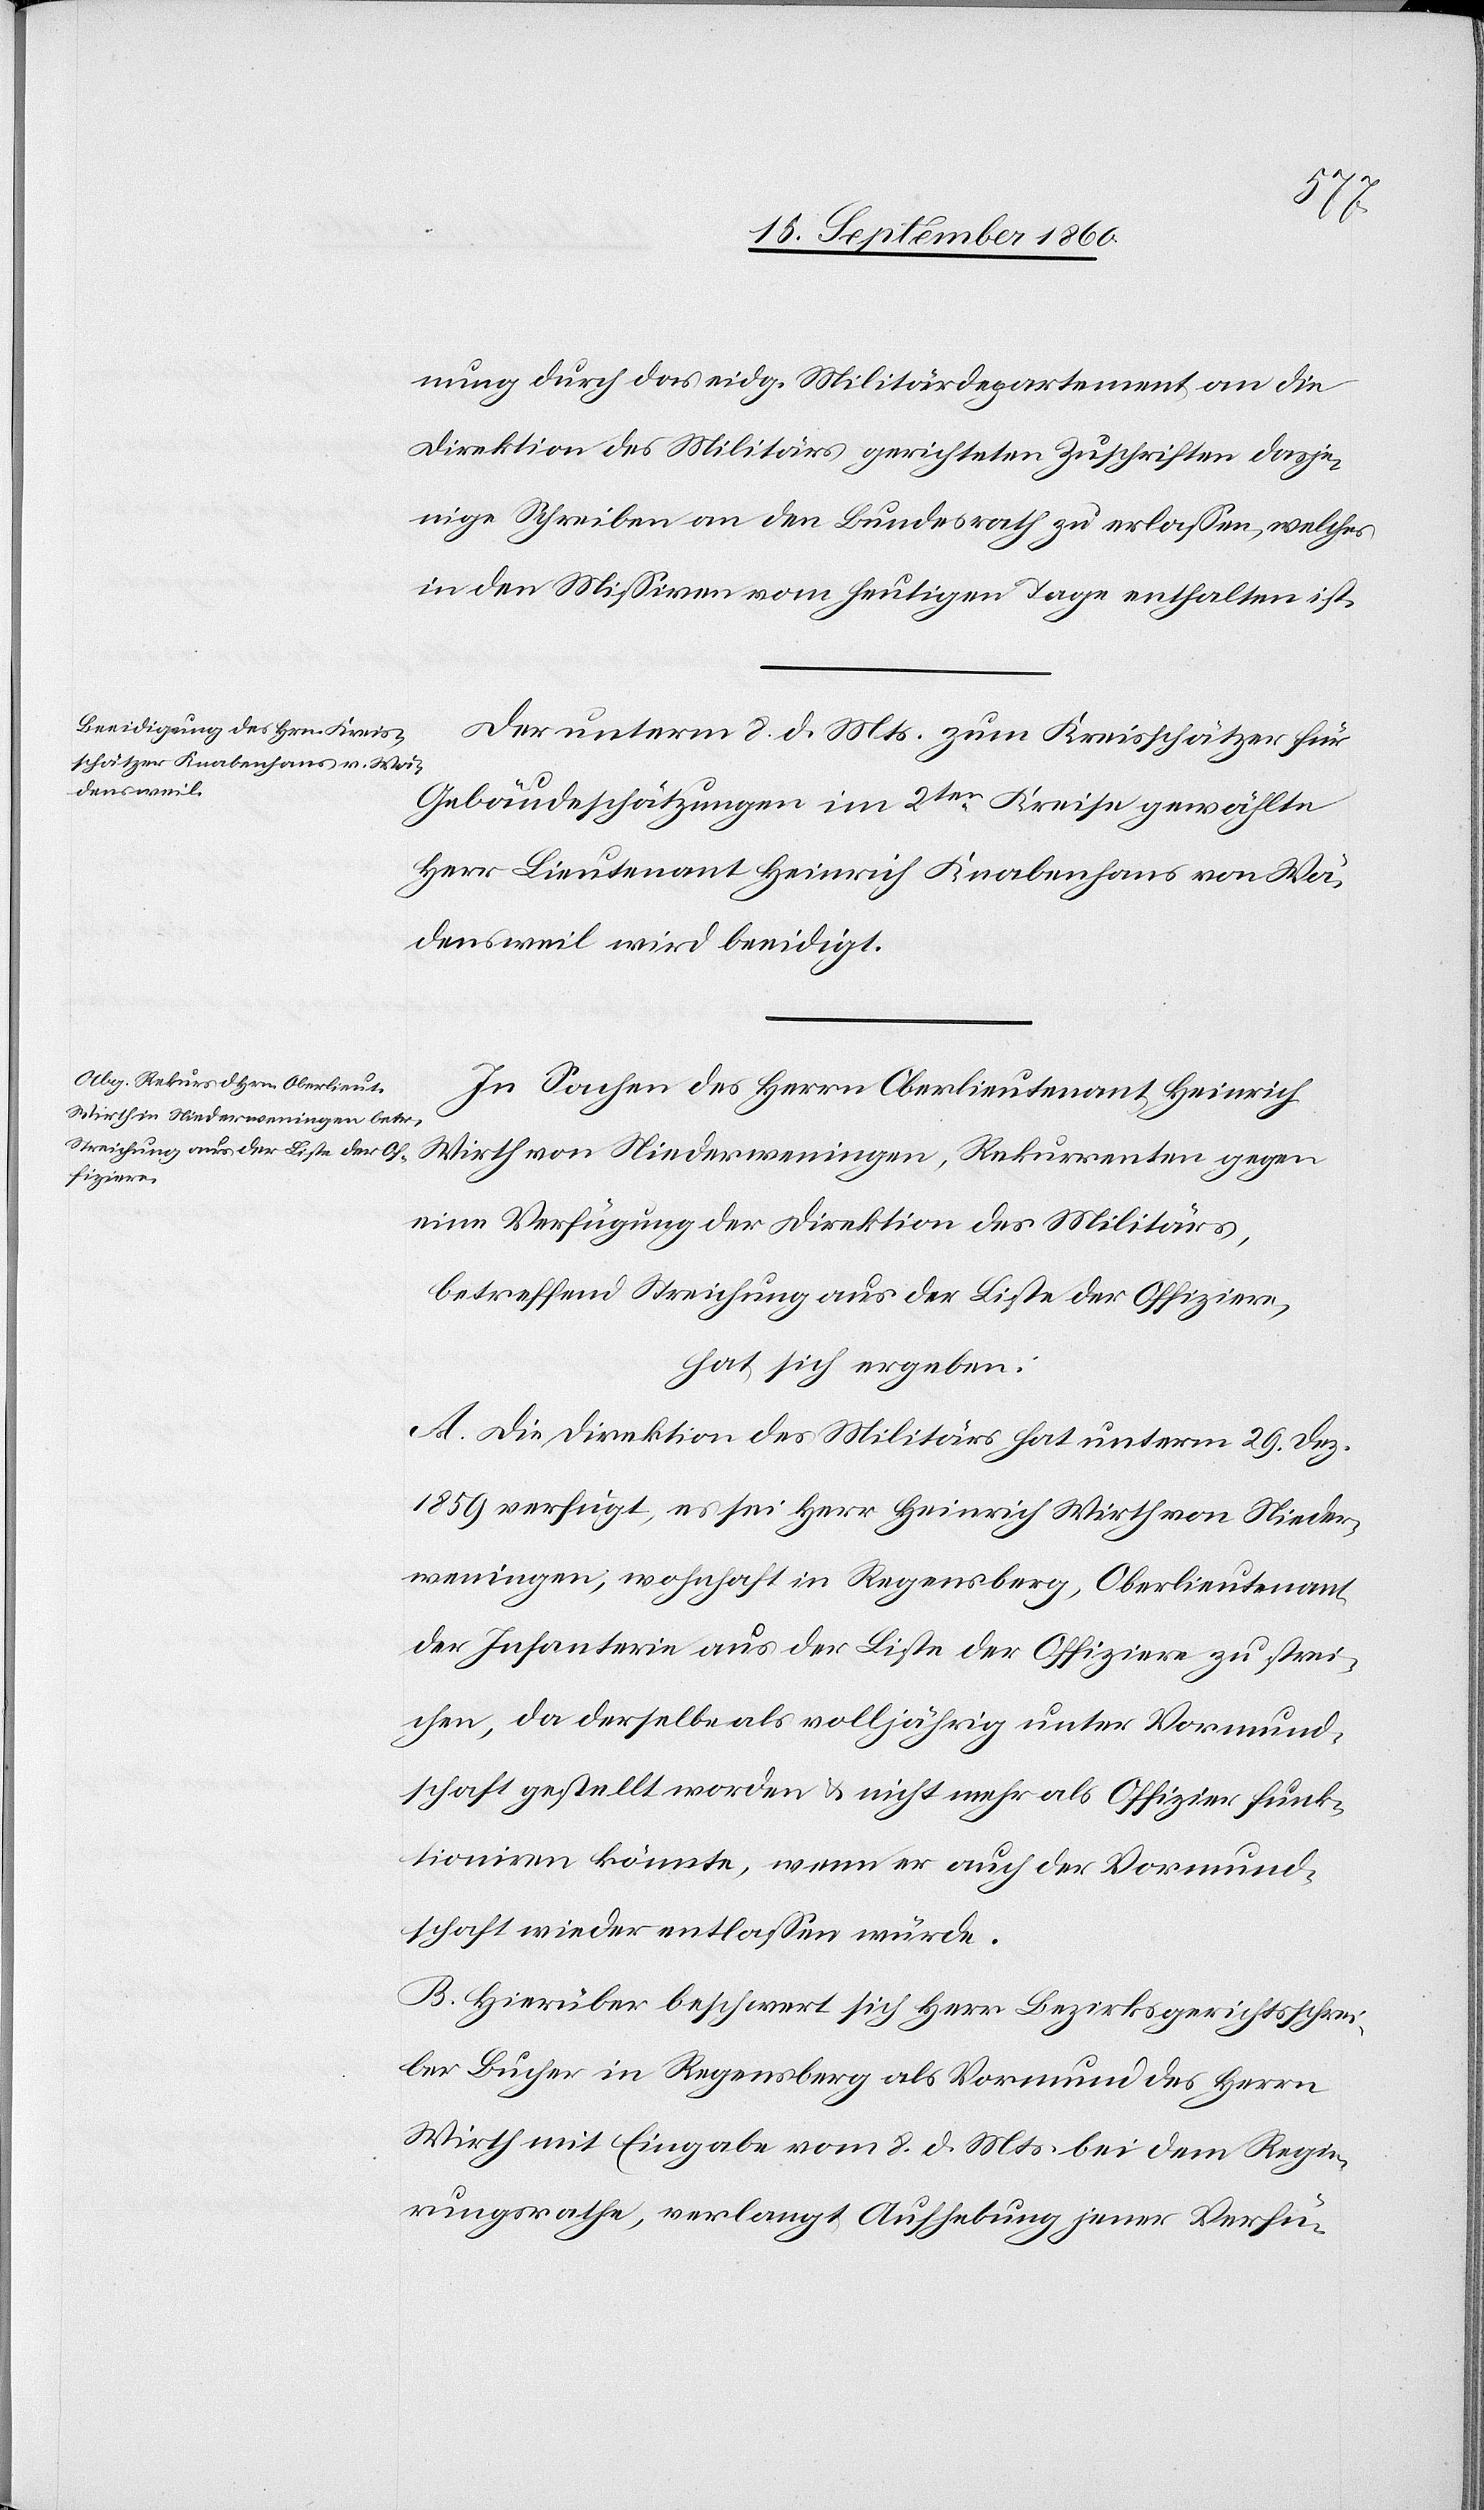
nung durch das eidg. Militärdepartement an die
Direktion des Militärs gerichteten Zuschriften dasje¬
nige Schreiben an den Bundesrath zu erlassen, welches
in den Missiven vom heutigen Tage enthalten ist.
Der unterm 8. d. Mts. zum Kreisschätzer für
Gebäudeschätzungen im 2ten Kreise gewählte
Herr Lieutenant Heinrich Knabenhans von Wä¬
densweil wird beeidigt.
In Sachen des Herrn Oberlieutenant Heinrich
Wirth von Niederweningen, Rekurrenten gegen
eine Verfügung der Direktion des Militärs,
betreffend Streichung aus der Liste der Offiziere,
hat sich ergeben:
A. Die Direktion des Militärs hat unterm 29. Dez.
1859 verfügt, es sei Herr Heinrich Wirth von Nieder¬
weningen, wohnhaft in Regensberg, Oberlieutenant
der Infanterie aus der Liste der Offiziere zu strei¬
chen, da derselbe als volljährig unter Vormund¬
schaft gestellt worden & nicht mehr als Offizier funk¬
tioniren könnte, wenn er auch der Vormund¬
schaft wieder entlassen würde.
B. Hierüber beschwert sich Herr Bezirksgerichtsschrei¬
ber Bucher in Regensberg als Vormund des Herrn
Wirth mit Eingabe vom 8. d. Mts. bei dem Regie¬
rungsrathe, verlangt Aufhebung jener Verfü-